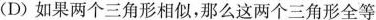
(D)如果两个三角形相似，那么这两个三角形全等